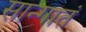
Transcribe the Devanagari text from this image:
सान्गातं